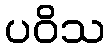
ပဝိသ